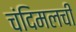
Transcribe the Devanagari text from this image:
चंदिमलची